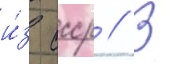
и́з ссср // В